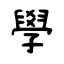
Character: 學